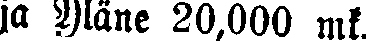
ja Yläne 20,000 mk.